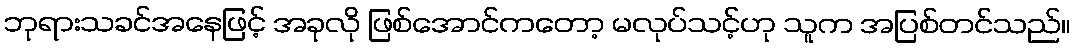
ဘုရားသခင်အနေဖြင့် အခုလို ဖြစ်အောင်ကတော့ မလုပ်သင့်ဟု သူက အပြစ်တင်သည်။